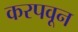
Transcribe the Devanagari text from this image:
करपवून